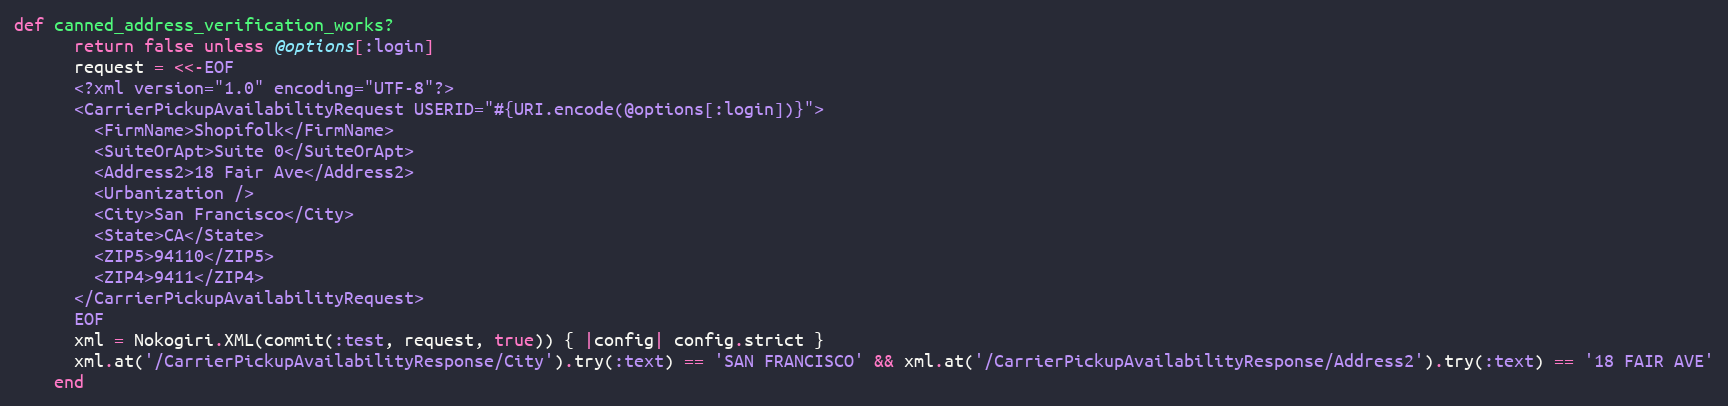
Language: Ruby
def canned_address_verification_works?
      return false unless @options[:login]
      request = <<-EOF
      <?xml version="1.0" encoding="UTF-8"?>
      <CarrierPickupAvailabilityRequest USERID="#{URI.encode(@options[:login])}">
        <FirmName>Shopifolk</FirmName>
        <SuiteOrApt>Suite 0</SuiteOrApt>
        <Address2>18 Fair Ave</Address2>
        <Urbanization />
        <City>San Francisco</City>
        <State>CA</State>
        <ZIP5>94110</ZIP5>
        <ZIP4>9411</ZIP4>
      </CarrierPickupAvailabilityRequest>
      EOF
      xml = Nokogiri.XML(commit(:test, request, true)) { |config| config.strict }
      xml.at('/CarrierPickupAvailabilityResponse/City').try(:text) == 'SAN FRANCISCO' && xml.at('/CarrierPickupAvailabilityResponse/Address2').try(:text) == '18 FAIR AVE'
    end